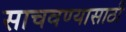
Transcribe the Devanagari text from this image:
साचवण्यासाठी